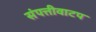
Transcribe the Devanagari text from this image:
संपत्तीवाटप